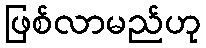
ဖြစ်လာမည်ဟု